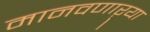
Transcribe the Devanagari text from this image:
मानवणाऱ्या